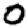
Digit: 0